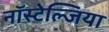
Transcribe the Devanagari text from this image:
नॉस्टेल्जिया